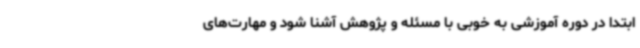
ابتدا در دوره آموزشی به خوبی با مسئله و پژوهش آشنا شود و مهارت‌های